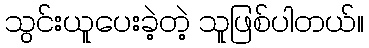
သွင်းယူပေးခဲ့တဲ့ သူဖြစ်ပါတယ်။